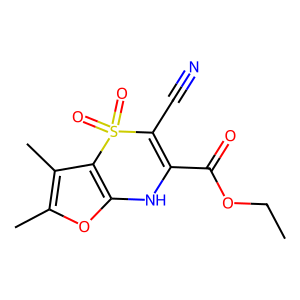
SMILES: CCOC(=O)C1=C(C#N)S(=O)(=O)c2c(oc(C)c2C)N1
Inhibits HIV replication: No